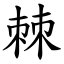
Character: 棘